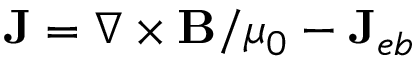
{ \bf { J } } = \nabla \times { \bf { B } } / \mu _ { 0 } - { \bf { J } } _ { e b }